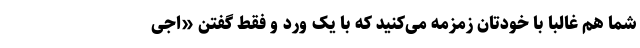
شما هم غالبا با خودتان زمزمه می‌کنید که با یک ورد و فقط گفتن «اجی